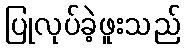
ပြုလုပ်ခဲ့ဖူးသည်